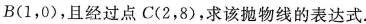
B(1，0)，且经过点C(2，8)，求该抛物线的表达式.